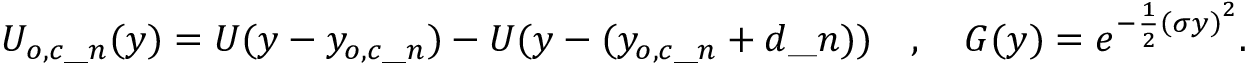
U _ { o , c \_ n } ( y ) = U ( y - y _ { o , c \_ n } ) - U ( y - ( y _ { o , c \_ n } + d \_ n ) ) \quad , \quad G ( y ) = e ^ { - \frac { 1 } { 2 } \left( \sigma y \right) ^ { 2 } } .